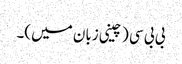
بی بی سی (چینی زبان میں)۔